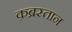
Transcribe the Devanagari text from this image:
क़ब्रस्तान